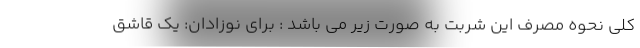
کلی نحوه مصرف این شربت به صورت زیر می باشد : برای نوزادان: یک قاشق